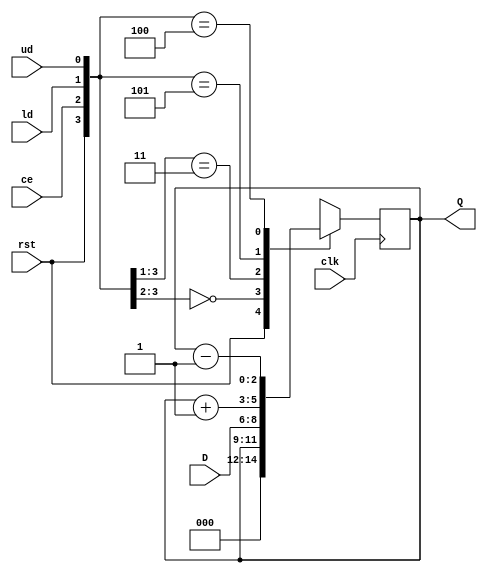
`timescale 1ns / 1ps

module ud_counter(  input clk, rst, ce, ld, ud,
                    input [2:0] D,
                    output reg [2:0] Q );

reg [3:0] ctrl = 0;

parameter
    RESET = 4'b1xxx,
    HOLD =  4'b00xx,
    LOAD =  4'b011x,
    UP =    4'b0101,
    DOWN =  4'b0100;
    
always @ (posedge clk)
begin
ctrl = {rst, ce, ld, ud};
    casex (ctrl)
        RESET:  Q <= 0;
        HOLD:   Q <= Q;
        LOAD:   Q <= D;
        UP:     Q <= Q + 1;
        DOWN:   Q <= Q - 1;
    endcase
end
endmodule